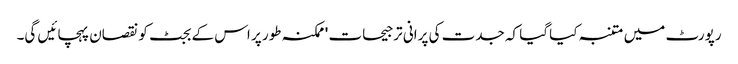
رپورٹ میں متنبہ کیا گیا کہ جدت کی پرانی ترجیحات 'ممکنہ طور پر اس کے بجٹ کو نقصان پہچائیں گی۔